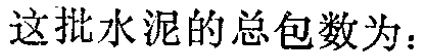
这批水泥的总包数为：